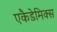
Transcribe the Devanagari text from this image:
एकैडेमिक्स